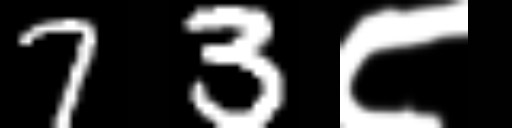
Text: 73८